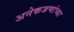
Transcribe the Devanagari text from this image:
अनेकजणांच्या